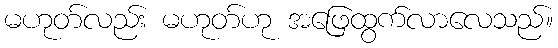
မဟုတ်လည်း မဟုတ်ဟု အဖြေထွက်လာလေသည်။